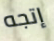
إتجه